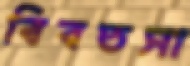
বিবতসা